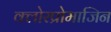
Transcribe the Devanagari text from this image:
क्लोरप्रोमाजिन